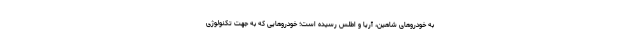
به خودروهای شاهین، آریا و اطلس رسیده است؛ خودروهایی که به جهت تکنولوژی